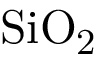
\mathrm { S i O _ { 2 } }